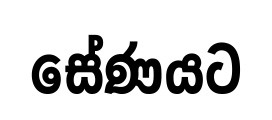
සේණයට